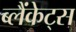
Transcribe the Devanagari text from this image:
ब्लैंकेट्स